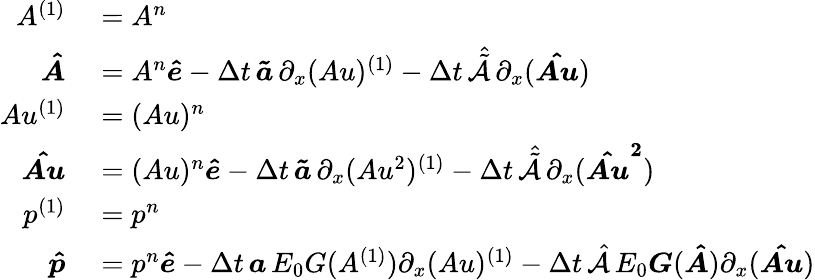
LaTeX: \begin{array}{rl}{A^{(1)}}&{{}=A^{n}}\\ {\boldsymbol{\hat{A}}}&{{}=A^{n}\boldsymbol{\hat{e}}-\Delta t\, \boldsymbol{\tilde{a}}\, \partial_{x}(Au)^{(1)}-\Delta t\, \hat{\tilde{\mathcal{A}}}\, \partial_{x}(\boldsymbol{\hat{Au}})}\\ {Au^{(1)}}&{{}=(Au)^{n}}\\ {\boldsymbol{\hat{Au}}}&{{}=(Au)^{n}\boldsymbol{\hat{e}}-\Delta t\, \boldsymbol{\tilde{a}}\, \partial_{x}(Au^{2})^{(1)}-\Delta t\, \hat{\tilde{\mathcal{A}}}\, \partial_{x}(\boldsymbol{\hat{Au}^{2}})}\\ {p^{(1)}}&{{}=p^{n}}\\ {\boldsymbol{\hat{p}}}&{{}=p^{n}\boldsymbol{\hat{e}}-\Delta t\, \boldsymbol{a}\, E_{0}G(A^{(1)})\partial_{x}(Au)^{(1)}-\Delta t\, \hat{\mathcal{A}}\, E_{0}\boldsymbol{G}(\boldsymbol{\hat{A}})\partial_{x}(\boldsymbol{\hat{Au}})}\end{array}